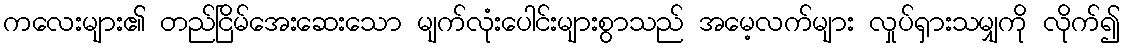
ကလေးများ၏ တည်ငြိမ်အေးဆေးသော မျက်လုံးပေါင်းများစွာသည် အမေ့လက်များ လှုပ်ရှားသမျှကို လိုက်၍